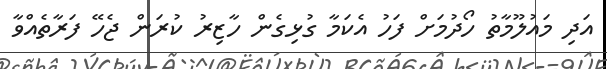
އަދި މައުލޫމާތު ހޯދުމަށް ފަހު އެކަމާ ގުޅިގެން ހާޒިރު ކުރަން ޖެހޭ ފަރާތެއްވާ